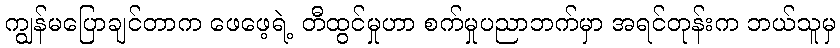
ကျွန်မပြောချင်တာက ဖေဖေ့ရဲ့ တီထွင်မှုဟာ စက်မှုပညာဘက်မှာ အရင်တုန်းက ဘယ်သူမှ